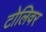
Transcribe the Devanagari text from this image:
टोलिवर